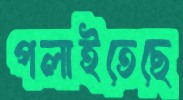
পলাইতেছে